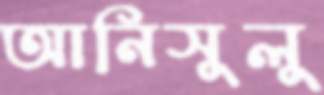
আনিসুলু